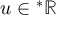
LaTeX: u \in { } ^ { \ast } \mathbb { R }